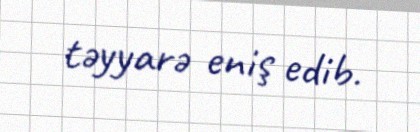
təyyarə eniş edib.